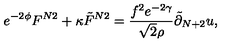
e ^ { - 2 \phi } F ^ { N 2 } + \kappa { \tilde { F } } ^ { N 2 } = \frac { f ^ { 2 } e ^ { - 2 \gamma } } { \sqrt { 2 } \rho } { \tilde { \partial } } _ { N + 2 } u ,